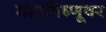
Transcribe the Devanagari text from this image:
महाविष्णूवर